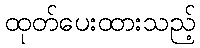
ထုတ်ပေးထားသည့်